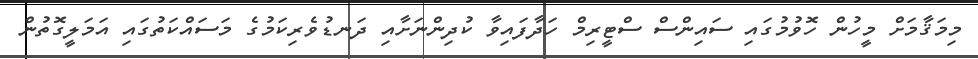
މިމަޤާމަށް މީހުން ހޮވުމުގައި ސައިންސް ސްޓީރިމް ހަދާފައިވާ ކުދިންނަށާއި ދަނޑުވެރިކަމުގެ މަސައްކަތުގައި އަމަލީގޮތުން